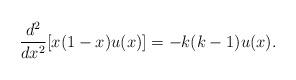
LaTeX: \begin{align*}\frac{d^2}{dx^2}[x(1-x)u(x)]=-k(k-1) u(x).\end{align*}